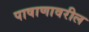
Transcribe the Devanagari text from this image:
पाषाणावरील